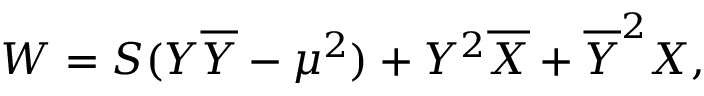
W = S ( Y \overline { { Y } } - \mu ^ { 2 } ) + Y ^ { 2 } \overline { { X } } + \overline { { Y } } ^ { 2 } X ,